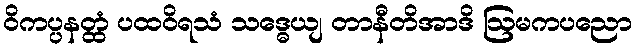
ဝိကပ္ပနတ္ထံ ပထဝိရသံ သဒ္ဓေယျ တာနီတိအာဒိ ဩမကပညော